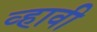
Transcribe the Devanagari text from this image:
व्‍हावी